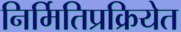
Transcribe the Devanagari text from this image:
निर्मितिप्रक्रियेत